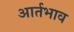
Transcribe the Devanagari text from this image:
आर्तभाव